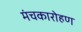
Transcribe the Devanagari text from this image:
मंचकारोहण